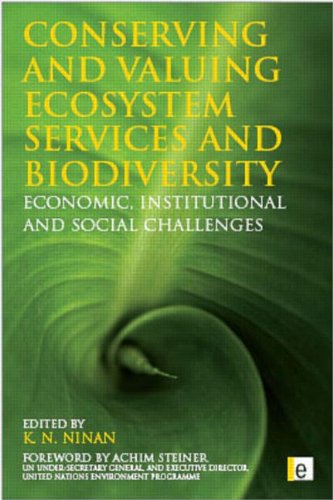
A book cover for Conserving and Valuing Ecosystem Services and Biodiversity: Economic, Institutional and Social Challenges; Business & Money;